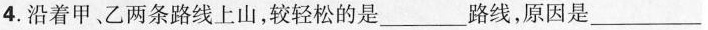
4.沿着甲、乙两条路线上山，较轻松的是___路线，原因是___。